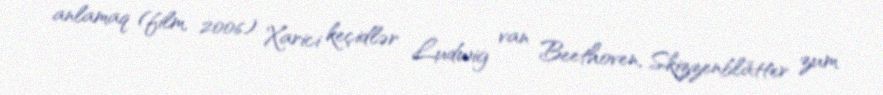
anlamaq (film, 2006) Xarici keçidlər Ludwig van Beethoven, Skizzenblätter zum